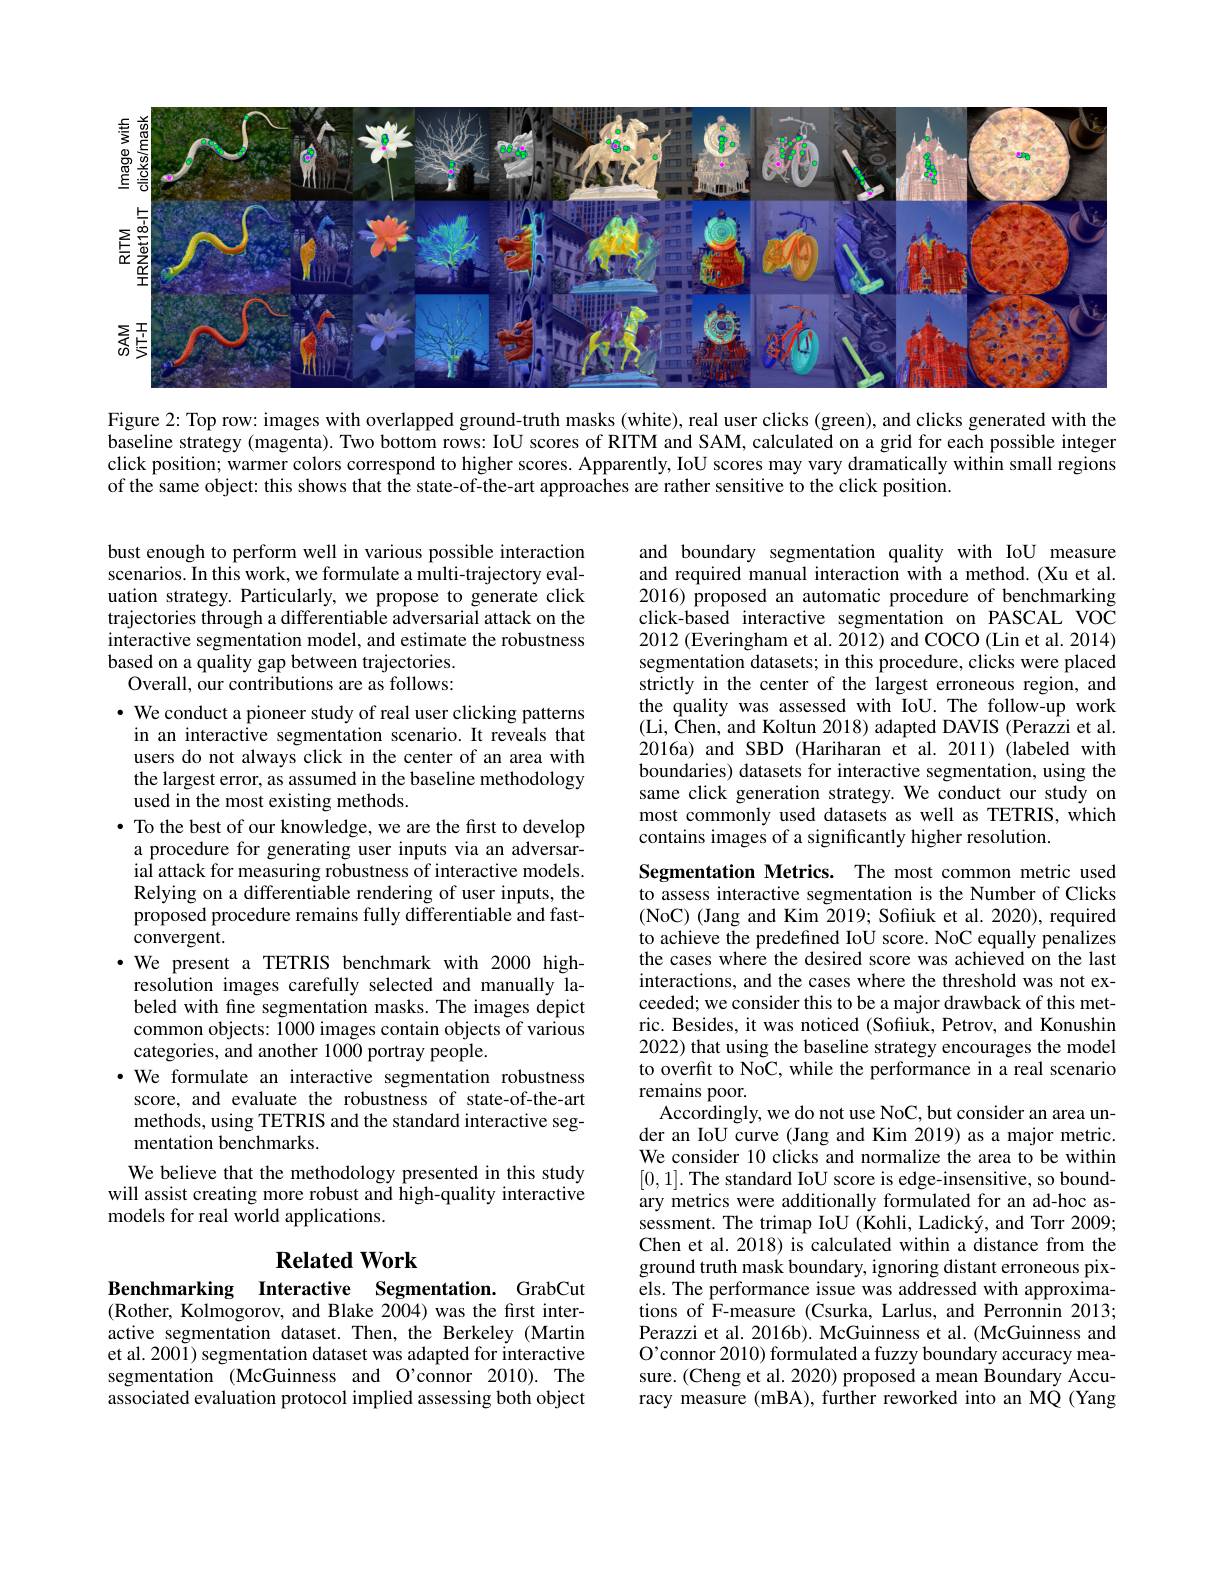
<FigureHere>

Figure 2: Top row: images with overlapped ground-truth masks (white), real user clicks (green), and clicks generated with the baseline strategy (magenta). Two bottom rows: IoU scores of RITM and SAM, calculated on a grid for each possible integer click position; warmer colors correspond to higher scores. Apparently, IoU scores may vary dramatically within small regions of the same object: this shows that the state-of-the-art approaches are rather sensitive to the click position.

and boundary segmentation quality with IoU measure and required manual interaction with a method.(Xu et al. 2016) proposed an automatic procedure of benchmarking click-based interactive segmentation on PASCAL VOC 2012 (Everingham et al. 2012) and COCO (Lin et al. 2014) segmentation datasets; in this procedure, clicks were placed strictly in the center of the largest erroneous region, and the quality was assessed with IoU. The follow-up work (Li, Chen, and Koltun 2018) adapted DAVIS (Perazzi et al. 2016a) and SBD (Hariharan et al. 2011) (labeled with boundaries) datasets for interactive segmentation, using the same click generation strategy. We conduct our study on most commonly used datasets as well as TETRIS, which contains images of a significantly higher resolution.

bust enough to perform well in various possible interaction scenarios. In this work, we formulate a multi-trajectory evaluation strategy. Particularly, we propose to generate click trajectories through a differentiable adversarial attack on the interactive segmentation model, and estimate the robustness based on a quality gap between trajectories.
Overall, our contributions are as follows:
· We conduct a pioneer study of real user clicking patterns in an interactive segmentation scenario. It reveals that users do not always click in the center of an area with the largest error, as assumed in the baseline methodology used in the most existing methods.
$\bullet$ To the best of our knowledge, we are the first to develop
a procedure for generating user inputs via an adversarial attack for measuring robustness of interactive models. Relying on a differentiable rendering of user inputs, the proposed procedure remains fully differentiable and fastconvergent.
·We present a TETRIS benchmark with 2000 highresolution images carefully selected and manually labeled with fine segmentation masks. The images depict common objects: 1000 images contain objects of various categories, and another 1000 portray people.
·We formulate an interactive segmentation robustness
score, and evaluate the robustness of state-of-the-art methods, using TETRIS and the standard interactive segmentation benchmarks.
We believe that the methodology presented in this study will assist creating more robust and high-quality interactive models for real world applications.

Segmentation Metrics. The most common metric used to assess interactive segmentation is the Number of Clicks (NoC) (Jang and Kim 2019; Sofiuk et al. 2020), required to achieve the predefined IoU score. NoC equally penalizes the cases where the desired score was achieved on the last interactions, and the cases where the threshold was not exceeded; we consider this to be a major drawback of this metric. Besides, it was noticed (Sofiuk, Petrov, and Konushin 2022) that using the baseline strategy encourages the model to overfit to NoC, while the performance in a real scenario remains poor.
Accordingly, we do not use NoC, but consider an area under an IoU curve (Jang and Kim 2019) as a major metric. We consider 10 clicks and normalize the area to be within [0,1]. The standard IoU score is edge-insensitive, so boundary metrics were additionally formulated for an ad-hoc assessment. The trimap IoU (Kohli, Ladický, and Torr 2009; Chen et al. 2018) is calculated within a distance from the ground truth mask boundary, ignoring distant erroneous pixels. The performance issue was addressed with approximations of F-measure (Csurka, Larlus, and Perronnin 2013; Perazzi et al. 2016b). McGuinness et al. (McGuinness and O'connor 2010) formulated a fuzzy boundary accuracy measure. (Cheng et al. 2020) proposed a mean Boundary Accuracy measure (mBA), further reworked into an MQ (Yang

## $\textbf{Related Work}$

Benchmarking Interactive Segmentation. GrabCut (Rother, Kolmogorov, and Blake 2004) was the first interactive segmentation dataset. Then, the Berkeley (Martin et al. 2001) segmentation dataset was adapted for interactive segmentation (McGuinness and O'connor 2010). The associated evaluation protocol implied assessing both object